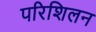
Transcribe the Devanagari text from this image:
परिशिलन